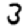
Digit: 3